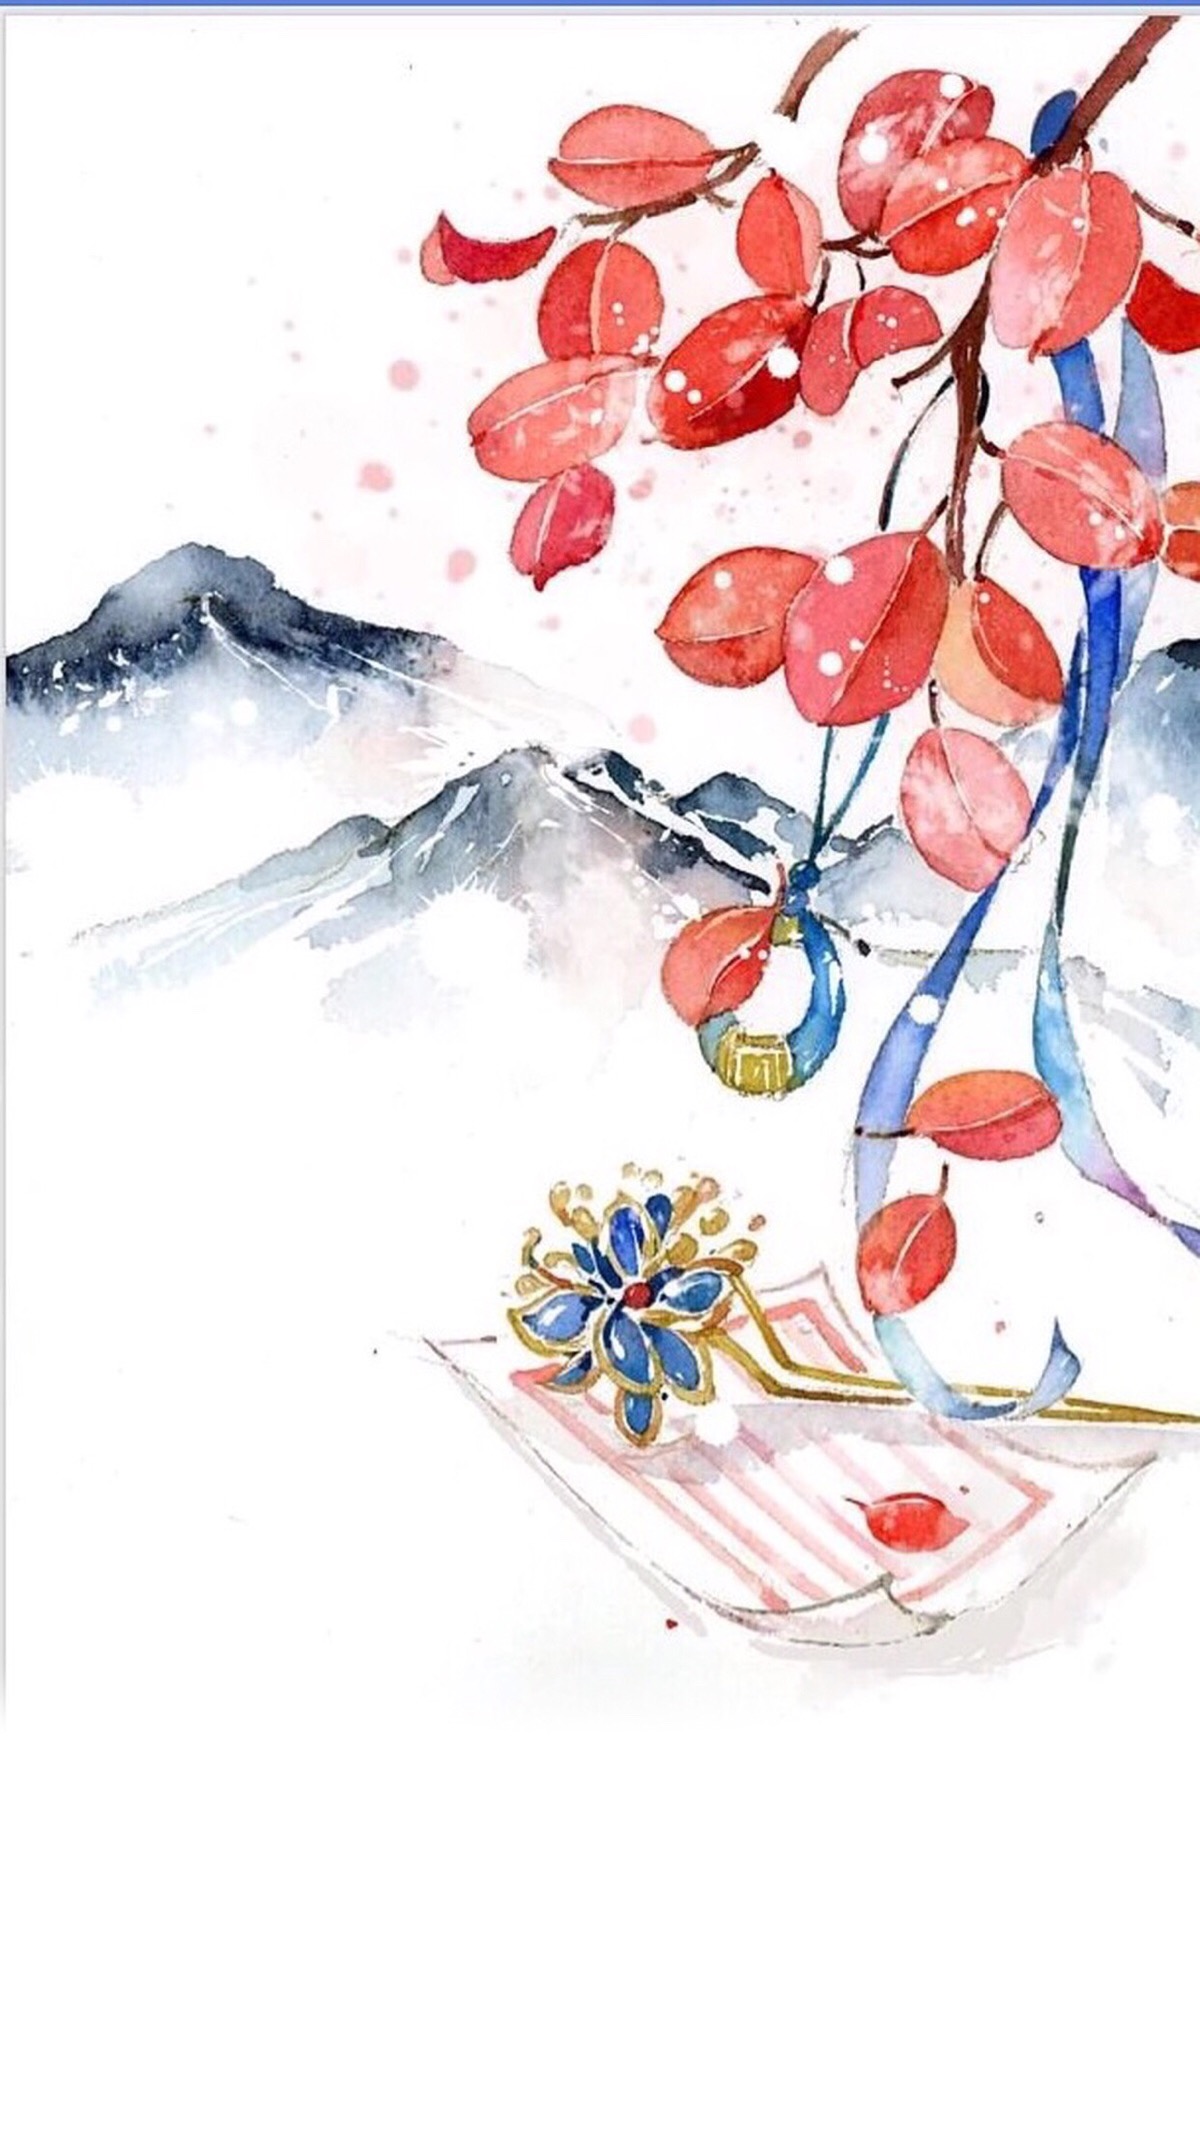
落花水香茅舍晚，断桥头卖鱼人散。